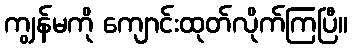
ကျွန်မကို ကျောင်းထုတ်လိုက်ကြပြီ။